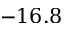
- 1 6 . 8